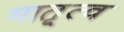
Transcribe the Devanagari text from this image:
मातृ्त्व